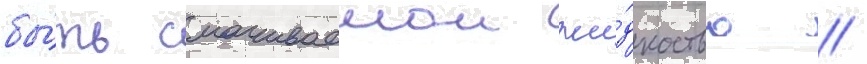
бы́ть смачиваемои жи́дкостью //